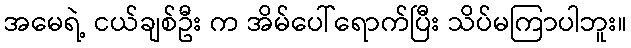
အမေရဲ့ ငယ်ချစ်ဦး က အိမ်ပေါ်ရောက်ပြီး သိပ်မကြာပါဘူး။